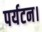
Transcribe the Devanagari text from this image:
पर्यटन।